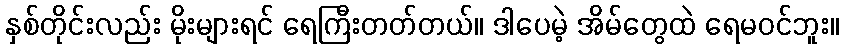
နှစ်တိုင်းလည်း မိုးများရင် ရေကြီးတတ်တယ်။ ဒါပေမဲ့ အိမ်တွေထဲ ရေမဝင်ဘူး။